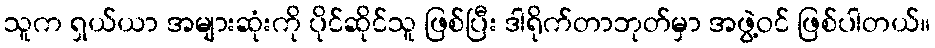
သူက ရှယ်ယာ အများဆုံးကို ပိုင်ဆိုင်သူ ဖြစ်ပြီး ဒါရိုက်တာဘုတ်မှာ အဖွဲ့ဝင် ဖြစ်ပါတယ်။